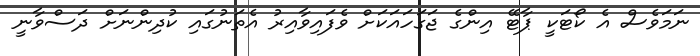
ނަމަވެސް އެ ކޯޓަކީ ޕާޓޭ އިންގެ ޖަގަހައަކަށް ވެފައިވާއިރު އެތަނުގައި ކުދިންނަށް ދަސްވާނީ